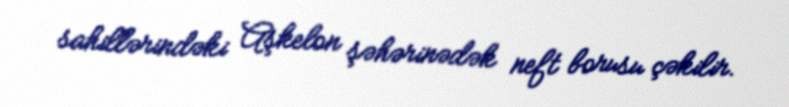
sahillərindəki Aşkelon şəhərinədək neft borusu çəkilir.